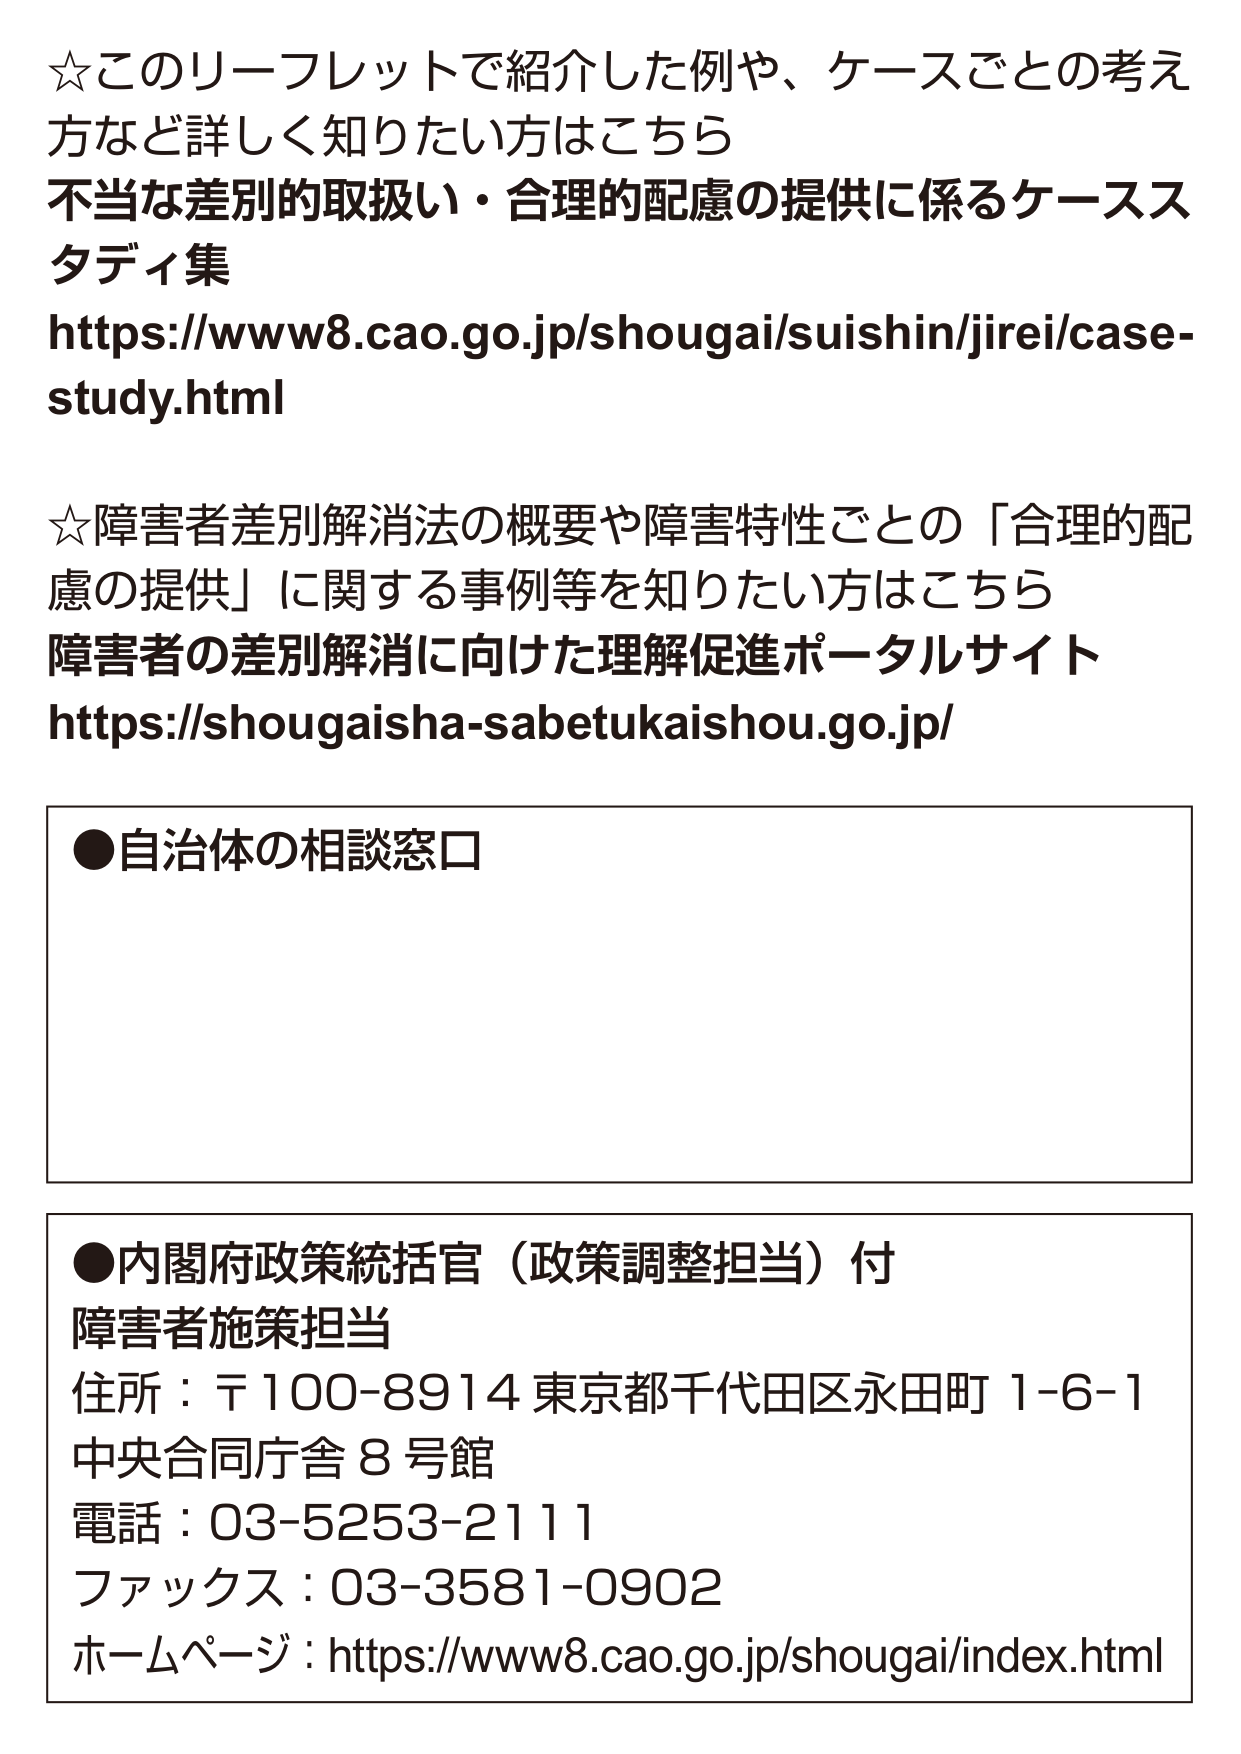
☆このリーフレットで紹介した例や、ケースごとの考え方など詳しく知りたい方はこちら
不当な差別的取扱い・合理的配慮の提供に係るケーススタディ集
https://www8.cao.go.jp/shougai/suishin/jirei/case-study.html

☆障害者差別解消法の概要や障害特性ごとの「合理的配慮の提供」に関する事例等を知りたい方はこちら
障害者の差別解消に向けた理解促進ポータルサイト
https://shougaisha-sabetukaishou.go.jp/

●自治体の相談窓口

●内閣府政策統括官（政策調整担当）付
障害者施策担当
住所：〒100-8914 東京都千代田区永田町 1-6-1
中央合同庁舎 8 号館
電話：03-5253-2111
ファックス：03-3581-0902
ホームページ：https://www8.cao.go.jp/shougai/index.html